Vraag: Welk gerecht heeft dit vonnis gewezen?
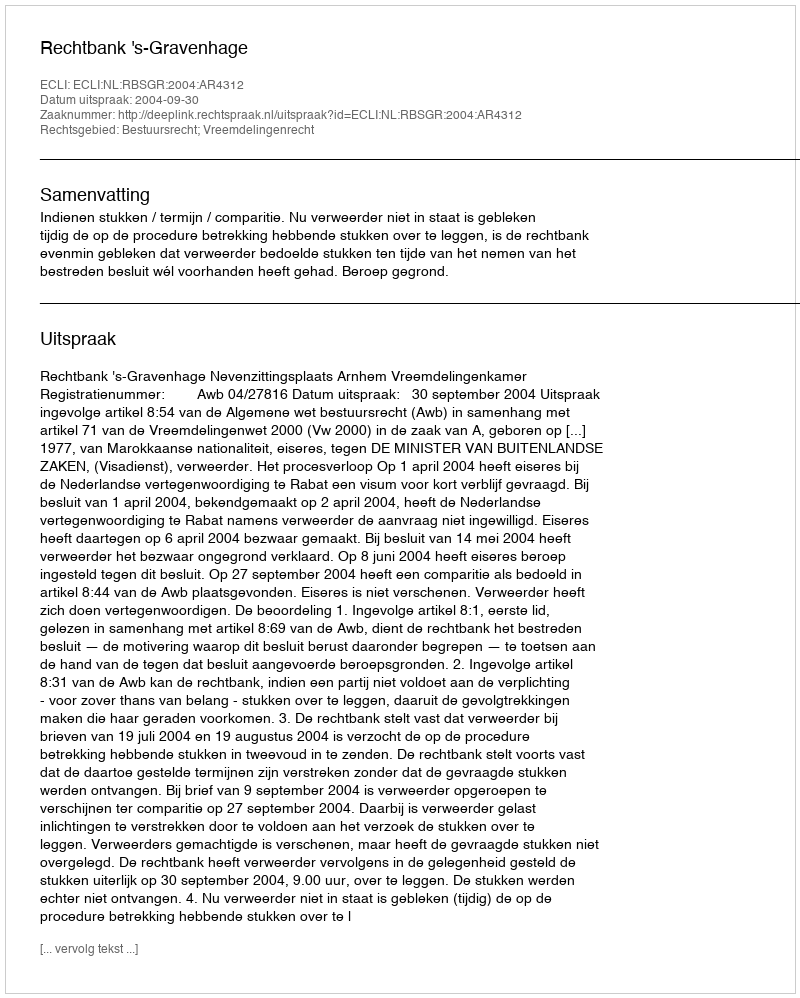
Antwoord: Rechtbank 's-Gravenhage